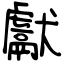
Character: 獻